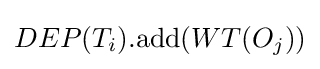
DEP(T_{i}).\mathrm {add} (WT(O_{j}))